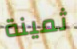
ثمينة